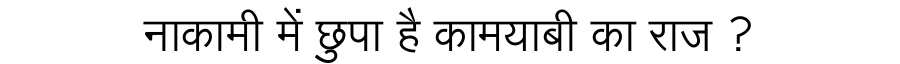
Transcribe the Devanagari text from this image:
नाकामी में छुपा है कामयाबी का राज ?